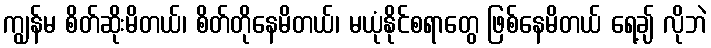
ကျွန်မ စိတ်ဆိုးမိတယ်၊ စိတ်တိုနေမိတယ်၊ မယုံနိုင်စရာတွေ ဖြစ်နေမိတယ် ရေ့ချ် လိုဘဲ